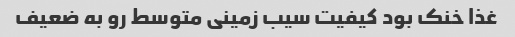
غذا خنک بود کیفیت سیب زمینی متوسط رو به ضعیف